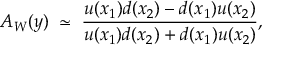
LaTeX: A _ { W } ( y ) \; \simeq \; \frac { u ( x _ { 1 } ) d ( x _ { 2 } ) - d ( x _ { 1 } ) u ( x _ { 2 } ) } { u ( x _ { 1 } ) d ( x _ { 2 } ) + d ( x _ { 1 } ) u ( x _ { 2 } ) } ,